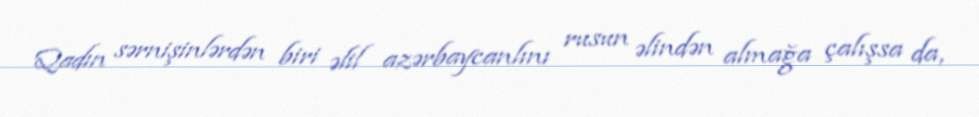
Qadın sərnişinlərdən biri əlil azərbaycanlını rusun əlindən almağa çalışsa da,